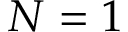
N = 1